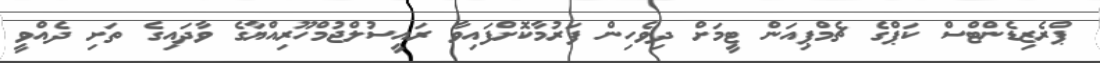
ޕްރެޒިޑެންޓްސް ކަޕްގެ ޗެމްޕިއަން ޓީމަށް ދިވެހިން ފަރުމާކޮށްފައިވާ ރައީސުލްޖުމްހޫރިއްޔާގެ ވާދައިގެ ތަށި ދެއްވީ